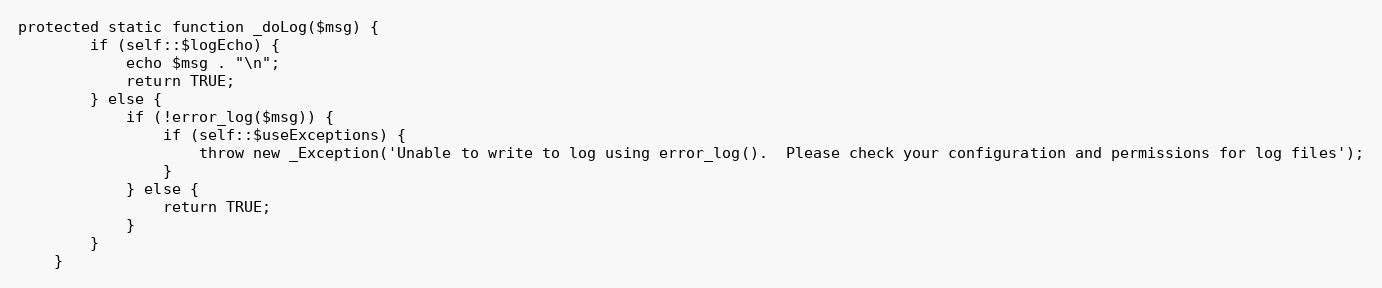
Language: PHP
protected static function _doLog($msg) {
        if (self::$logEcho) {
            echo $msg . "\n";
            return TRUE;
        } else {
            if (!error_log($msg)) {
                if (self::$useExceptions) {
                    throw new _Exception('Unable to write to log using error_log().  Please check your configuration and permissions for log files');
                }
            } else {
                return TRUE;
            }
        }
    }